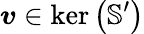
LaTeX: \boldsymbol{v}\in\ker\left(\mathbb{S}^{\prime}\right)